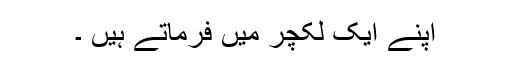
اپنے ایک لکچر میں فرماتے ہیں ۔